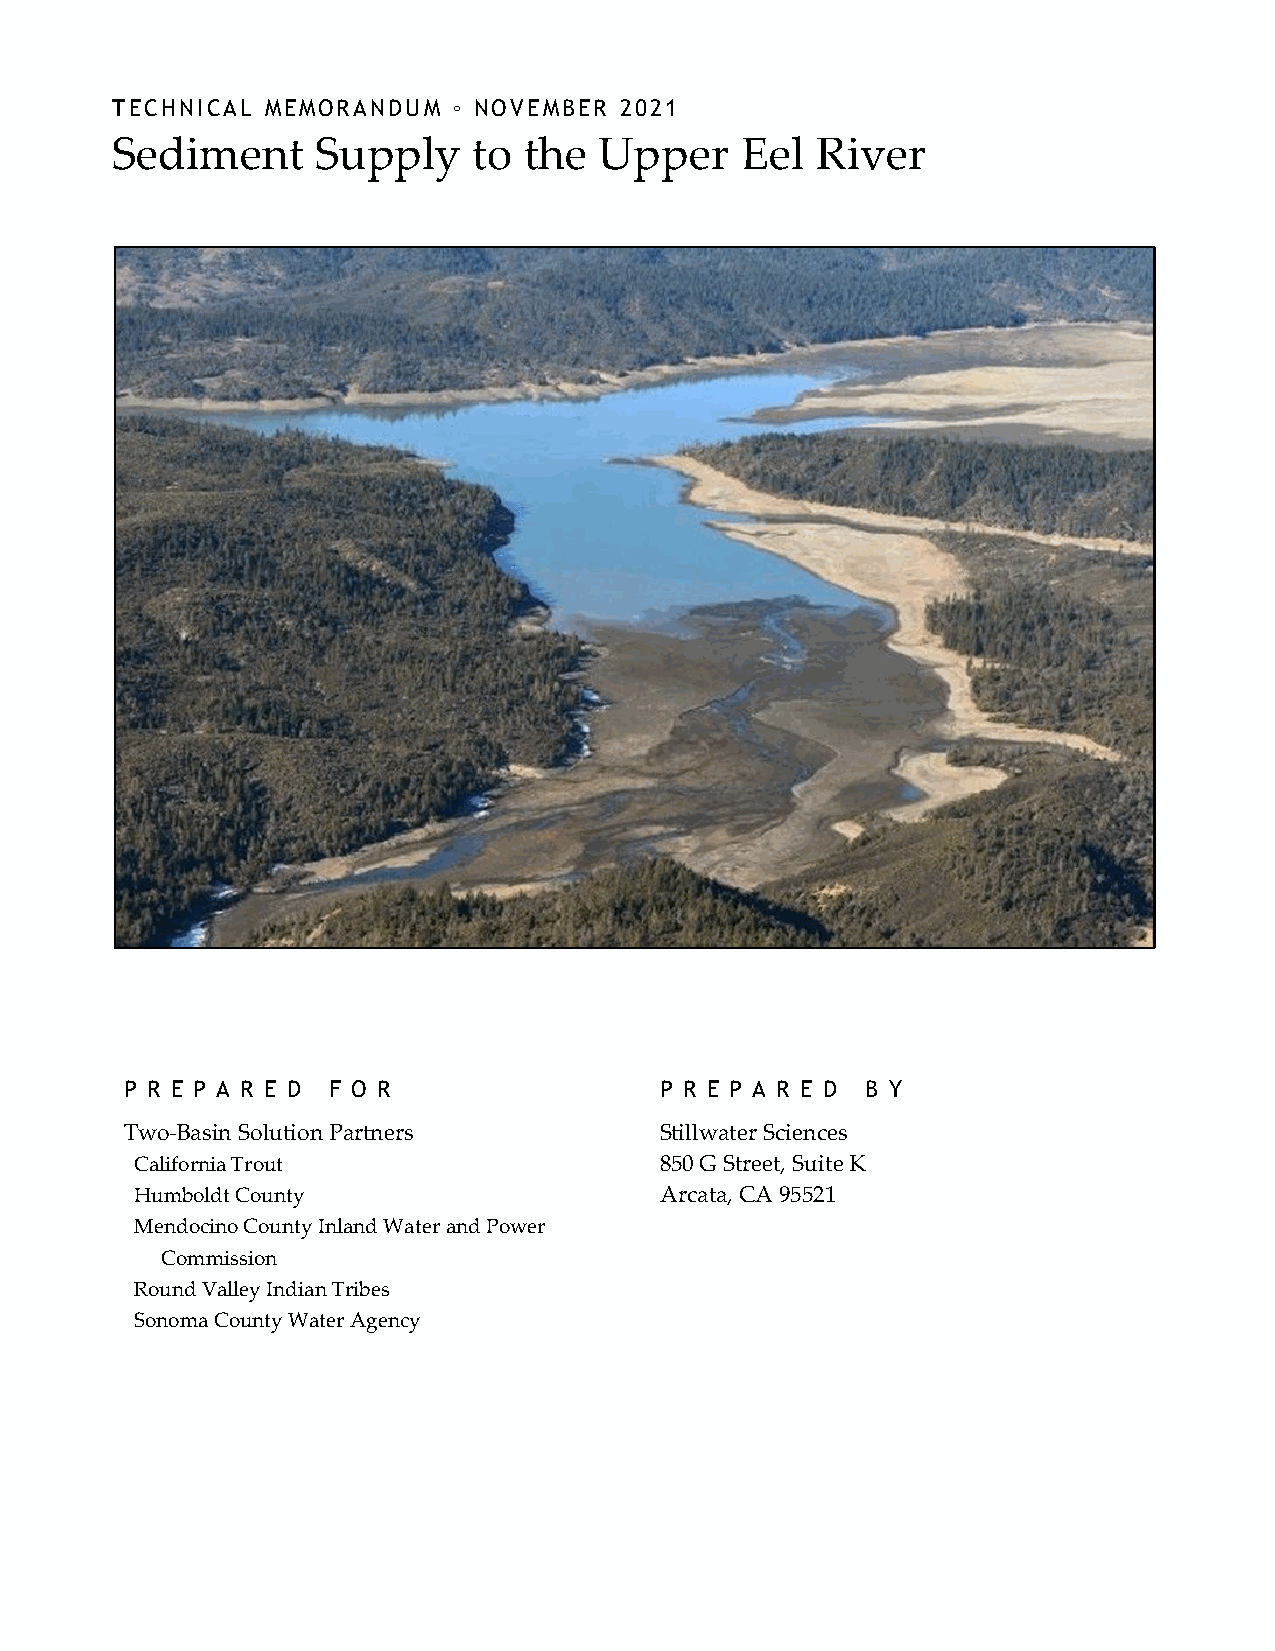
TECHNICAL  MEMORANDUM  ◦ NOVEMBER 2021
 Sediment      Supply    to  the  Upper    Eel  River
 P R E P A R E D F O R               P R E P A R E D B Y
 Two-Basin Solution Partners         Stillwater Sciences
 California Trout                   850 G Street, Suite K
 Humboldt County                    Arcata, CA 95521
 Mendocino County Inland Water and Power
 Commission
 Round Valley Indian Tribes
 Sonoma County Water Agency